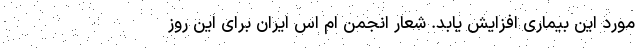
مورد این بیماری افزایش یابد. شعار انجمن ام اس ایران برای این روز